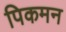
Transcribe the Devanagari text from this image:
पिकमन